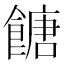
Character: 餹